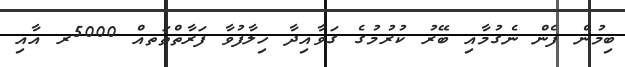
ބިމުން ފެން ނެގުމާއި ބޭރު ކުރުމުގެ ގަވާއިދާ ހިލާފުވާ ފަރާތްތަތއް 5000ރ އާއި